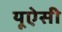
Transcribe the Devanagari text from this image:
यूऐसी